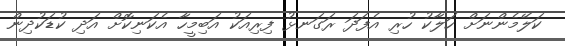
ކަލޭމެންނަށް ހަލާކު ހުރި އެފަދަ ރަގަނޅު ފިރިއަކު އަބިމީހާ އެކަނިކޮށް އަދި ކުޑަކުދިން